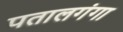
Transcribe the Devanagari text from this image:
पतालगंगा